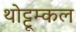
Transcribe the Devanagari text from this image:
थोट्टूम्कल